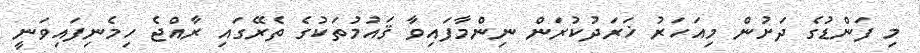
މި ފަންޑުގެ ދަށުން މިއަހަރު ޚަރަދުކުރަން ނިންމާފައިވާ ޤައުމުތަކުގެ ތެރޭގައި ރާއްޖެ ހިމެނިފައިވަނީ